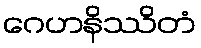
ဂေဟနိဿိတံ